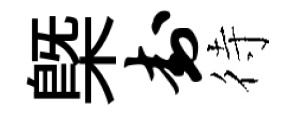
槩封待